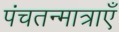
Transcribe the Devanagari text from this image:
पंचतन्मात्राएँ